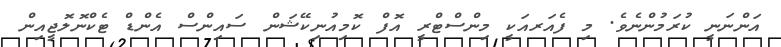
އަންނަނީ ކުރަމުންނެވެ. މި ފެއަރއަކީ މިންސްޓްރީ އޮފް ކޮމިއުނިކޭޝަން ސައިންސް އެންޑް ޓެކްނޮލޮޖީއިން